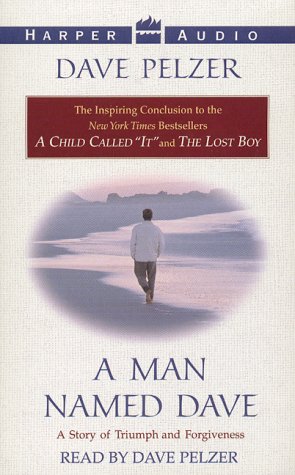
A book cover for A Man Named Dave; Dave Pelzer; Self-Help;